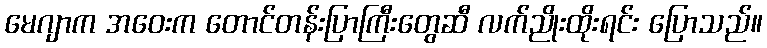
မေဂျာက အဝေးက တောင်တန်းပြာကြီးတွေဆီ လက်ညိုးထိုးရင်း ပြောသည်။